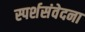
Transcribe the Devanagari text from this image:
स्पर्शसंवेदना